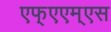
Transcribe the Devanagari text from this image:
एफ्‌एएम्‌एस